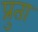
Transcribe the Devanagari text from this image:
प्रुता